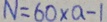
N = 6 0 \times a - 1